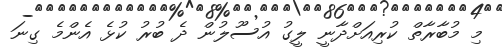
މި މުބާރާތް ކުރިއަށްދާނީ ލީގު އުސޫލުން ދެ ބުރު ކުޅެ އެންމެ ގިނަ